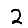
Digit: 2